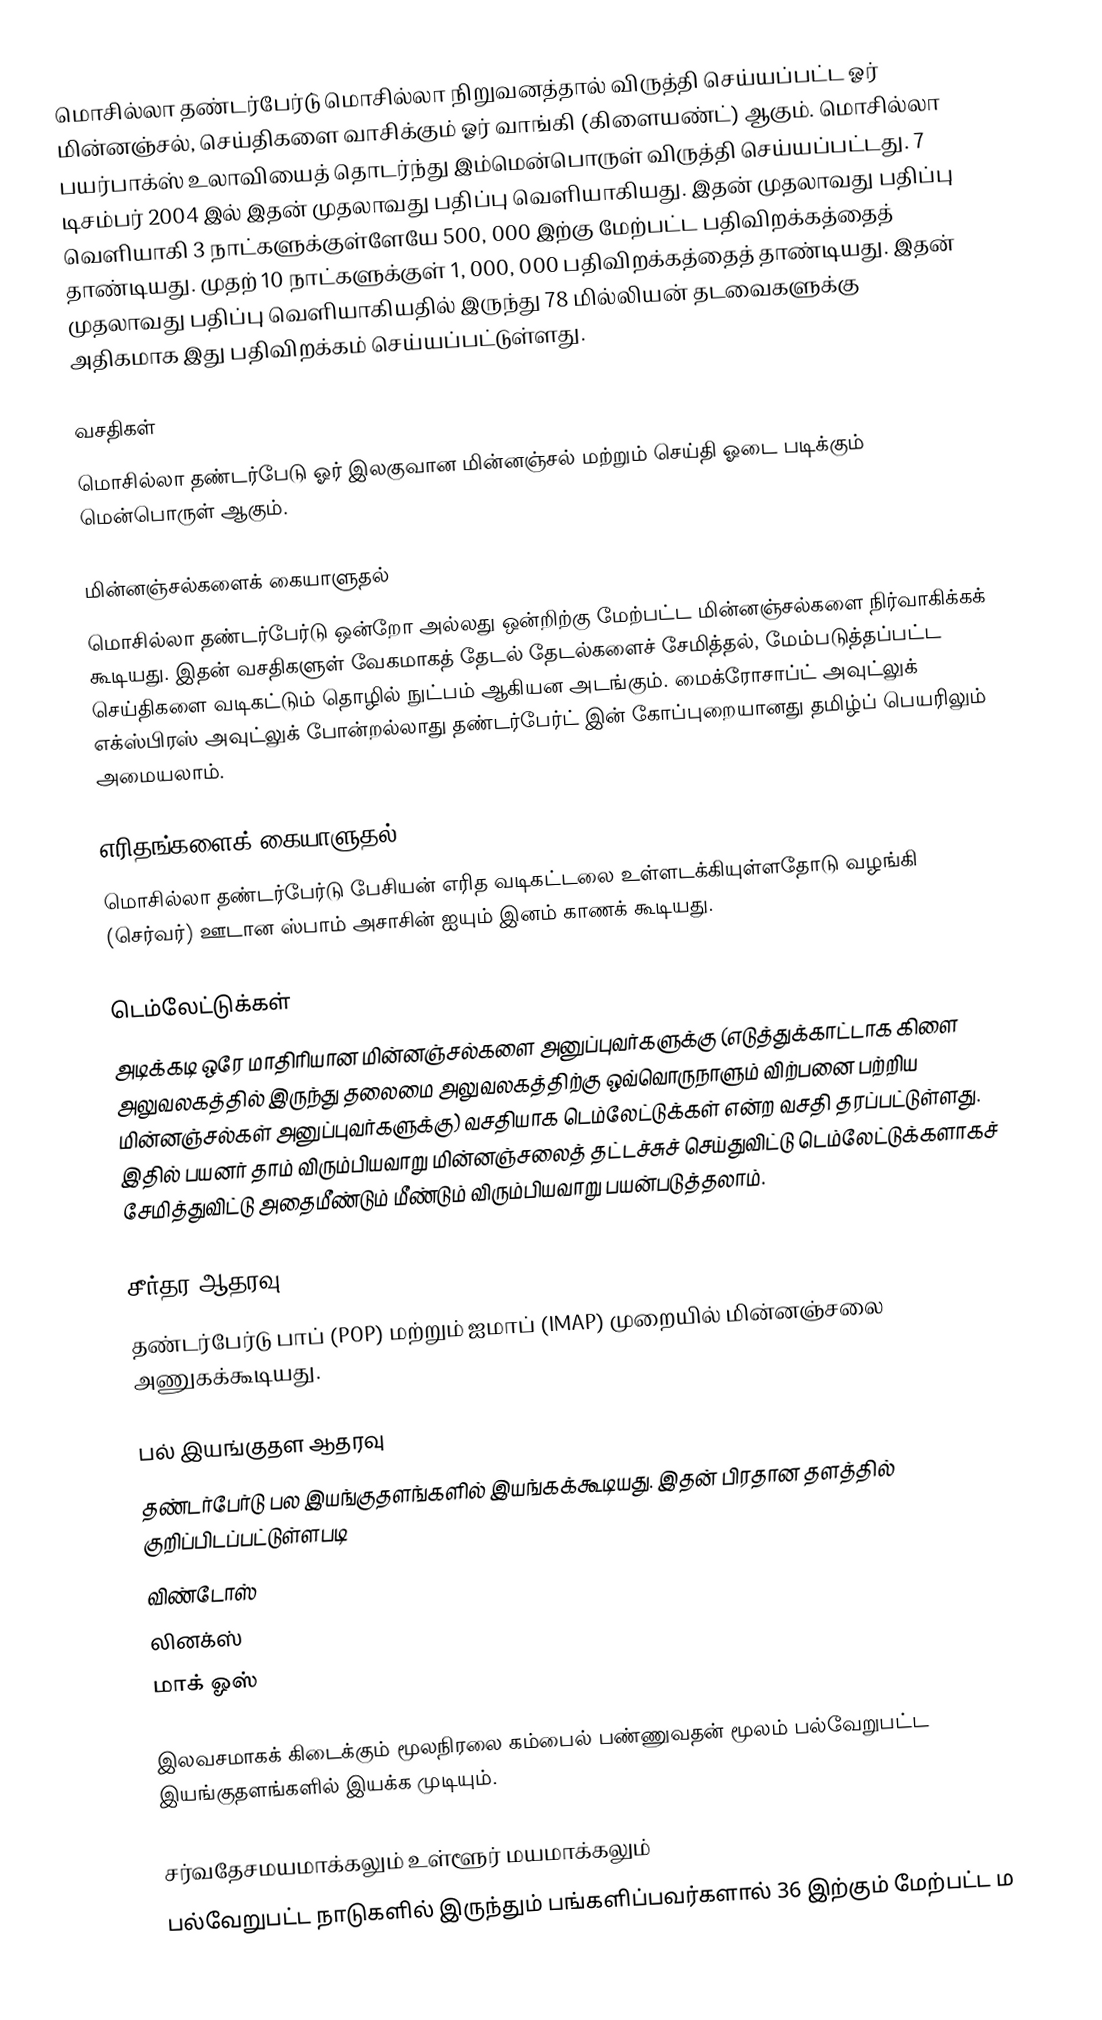
மொசில்லா தண்டர்பேர்டு் மொசில்லா நிறுவனத்தால் விருத்தி செய்யப்பட்ட ஓர் மின்னஞ்சல், செய்திகளை வாசிக்கும் ஓர் வாங்கி (கிளையண்ட்) ஆகும். மொசில்லா பயர்பாக்ஸ் உலாவியைத் தொடர்ந்து இம்மென்பொருள் விருத்தி செய்யப்பட்டது. 7 டிசம்பர் 2004 இல் இதன் முதலாவது பதிப்பு வெளியாகியது. இதன் முதலாவது பதிப்பு வெளியாகி 3 நாட்களுக்குள்ளேயே 500, 000 இற்கு மேற்பட்ட பதிவிறக்கத்தைத் தாண்டியது. முதற் 10 நாட்களுக்குள் 1, 000, 000 பதிவிறக்கத்தைத் தாண்டியது. இதன் முதலாவது பதிப்பு வெளியாகியதில் இருந்து 78 மில்லியன் தடவைகளுக்கு அதிகமாக இது பதிவிறக்கம் செய்யப்பட்டுள்ளது.

வசதிகள்
மொசில்லா தண்டர்பேடு ஓர் இலகுவான மின்னஞ்சல் மற்றும் செய்தி ஓடை படிக்கும் மென்பொருள் ஆகும்.

மின்னஞ்சல்களைக் கையாளுதல்
மொசில்லா தண்டர்பேர்டு ஒன்றோ அல்லது ஒன்றிற்கு மேற்பட்ட மின்னஞ்சல்களை நிர்வாகிக்கக் கூடியது. இதன் வசதிகளுள் வேகமாகத் தேடல் தேடல்களைச் சேமித்தல், மேம்படுத்தப்பட்ட செய்திகளை வடிகட்டும் தொழில் நுட்பம் ஆகியன அடங்கும். மைக்ரோசாப்ட் அவுட்லுக் எக்ஸ்பிரஸ் அவுட்லுக் போன்றல்லாது தண்டர்பேர்ட் இன் கோப்புறையானது தமிழ்ப் பெயரிலும் அமையலாம்.

எரிதங்களைக் கையாளுதல்
மொசில்லா தண்டர்பேர்டு பேசியன் எரித வடிகட்டலை உள்ளடக்கியுள்ளதோடு வழங்கி (செர்வர்) ஊடான ஸ்பாம் அசாசின் ஐயும் இனம் காணக் கூடியது.

டெம்லேட்டுக்கள்
அடிக்கடி ஒரே மாதிரியான மின்னஞ்சல்களை அனுப்புவர்களுக்கு (எடுத்துக்காட்டாக கிளை அலுவலகத்தில் இருந்து தலைமை அலுவலகத்திற்கு ஒவ்வொருநாளும் விற்பனை பற்றிய மின்னஞ்சல்கள் அனுப்புவர்களுக்கு) வசதியாக டெம்லேட்டுக்கள் என்ற வசதி தரப்பட்டுள்ளது. இதில் பயனர் தாம் விரும்பியவாறு மின்னஞ்சலைத் தட்டச்சுச் செய்துவிட்டு டெம்லேட்டுக்களாகச் சேமித்துவிட்டு அதைமீண்டும் மீண்டும் விரும்பியவாறு பயன்படுத்தலாம்.

சீர்தர ஆதரவு
தண்டர்பேர்டு பாப் (POP) மற்றும் ஐமாப் (IMAP) முறையில் மின்னஞ்சலை அணுகக்கூடியது.

பல் இயங்குதள ஆதரவு
தண்டர்பேர்டு பல இயங்குதளங்களில் இயங்கக்கூடியது. இதன் பிரதான தளத்தில் குறிப்பிடப்பட்டுள்ளபடி
 விண்டோஸ்
 லினக்ஸ்
 மாக் ஓஸ்

இலவசமாகக் கிடைக்கும் மூலநிரலை கம்பைல் பண்ணுவதன் மூலம் பல்வேறுபட்ட இயங்குதளங்களில் இயக்க முடியும்.

சர்வதேசமயமாக்கலும் உள்ளூர் மயமாக்கலும்
பல்வேறுபட்ட நாடுகளில் இருந்தும் பங்களிப்பவர்களால் 36 இற்கும் மேற்பட்ட ம